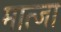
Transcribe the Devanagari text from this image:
मात्जा